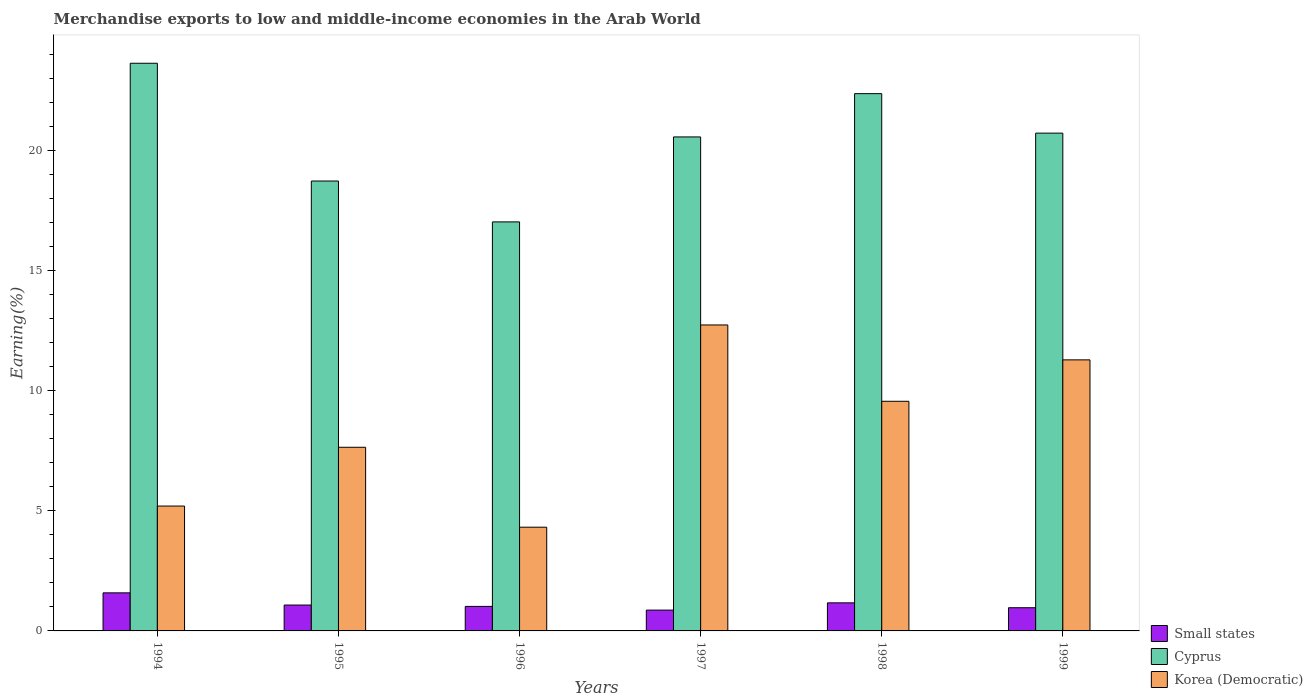
| Years | Small states | Cyprus | Korea (Democratic) |
 | --- | --- | --- | --- |
 | 1994 | 1.59 | 23.6 | 5.2 |
 | 1995 | 1.08 | 18.7 | 7.65 |
 | 1996 | 1.02 | 17 | 4.32 |
 | 1997 | 0.867 | 20.6 | 12.7 |
 | 1998 | 1.17 | 22.4 | 9.57 |
 | 1999 | 0.966 | 20.7 | 11.3 |